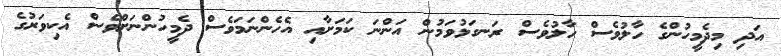
އަދި މިދެމީހުންގެ ހާލުވެސް ހާލުވެސް ރަނގަޅުވަމުން އަންނަ ކަމަށާއި އެހެންނަމަވެސް ދެމީހުންނަށްވެސް އެކިވަރުގެ